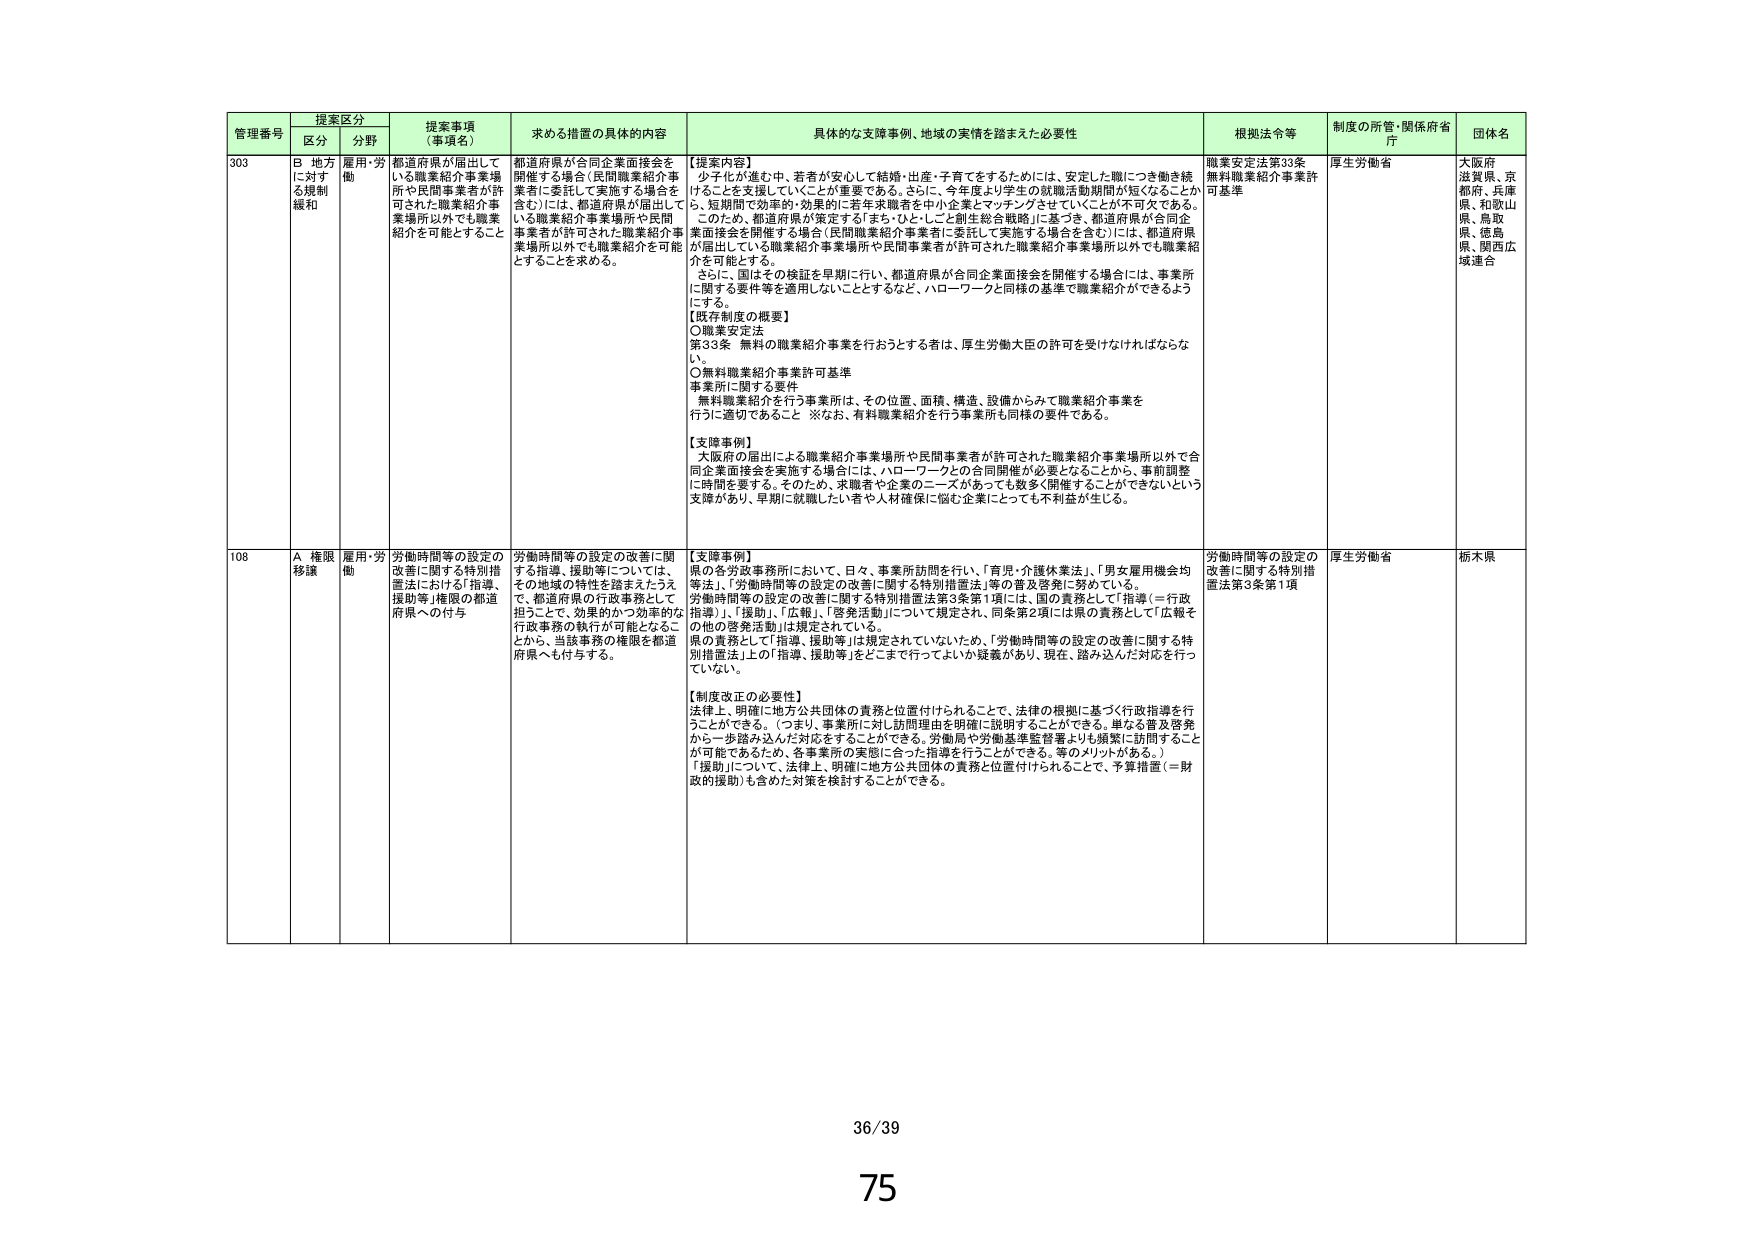
管理番号 提案区分 提案事項（事項名） 求める措置の具体的内容 具体的な支援事例、地域の実情を踏まえた必要性 根拠法令等 制度の所管・関係府省庁 団体名
区分 分野
303 B 地方に対する規制緩和 雇用・労働 都道府県が届出している職業紹介事業場所や民間事業者が許可された職業紹介事業場所以外でも職業紹介を可能とすること 都道府県が合同企業面接会を開催する場合（民間職業紹介事業者に委託して実施する場合を含む）には、都道府県が届出している職業紹介事業場所や民間事業者が許可された職業紹介事業場所以外でも職業紹介を可能とすることを求める。 【提案内容】 少子化が進む中、若者が安心して結婚・出産・子育てをするためには、安定した職につき働き続けることを支援していくことが重要である。さらに、今年度より学生の就職活動期間が短くなることから、短期間で効率的・効果的に若年求職者を中小企業にマッチングさせていくことが不可欠である。 このため、都道府県が策定する「まち・ひと・しごと創生総合戦略」に基づき、都道府県が合同企業面接会を開催する場合（民間職業紹介事業者に委託して実施する場合を含む）には、都道府県が届出している職業紹介事業場所や民間事業者が許可された職業紹介事業場所以外でも職業紹介を可能とする。 さらに、国はその検証を早期に行い、都道府県が合同企業面接会を開催する場合には、事業所に関する要件等を適用しないこととするなど、ハローワークと同様の基準で職業紹介ができるようにする。 【既存制度の概要】 ○職業安定法 第33条 無料の職業紹介事業を行おうとする者は、厚生労働大臣の許可を受けなければならぬ。 ○無料職業紹介事業許可基準 事業所に関する要件 無料職業紹介を行う事業所は、その位置、面積、構造、設備からみて職業紹介事業を行うに適切であること ※なお、有料職業紹介を行う事業所も同様の要件である。 【支援事例】 大阪府の届出による職業紹介事業場所や民間事業者が許可された職業紹介事業場所以外で合同企業面接会を実施する場合には、ハローワークとの合同開催が必要となることから、事前調整に時間を要する。そのため、求職者や企業のニーズがあっても数多く開催することができないという支障があり、早期に就職したい者や人材確保に悩む企業にとっても不利益が生じる。 職業安定法第33条 無料職業紹介事業許可基準 厚生労働省 大阪府 滋賀県、京都府、兵庫県、和歌山県、鳥取県、徳島県、関西広域連合
108 A 権限移譲 雇用・労働 労働時間等の設定の改善に関する特別措置法における「指導、援助等」権限の都道府県への付与 労働時間等の設定の改善に関する指導、援助等については、その地域の特性を踏まえたうえで、都道府県の行政事務として担うことで、効果的かつ効率的な行政事務の執行が可能となることから、当該事務の権限を都道府県へも付与する。 【支援事例】 県の各労政事務所において、日々、事業所訪問を行い、「育児・介護休業法」、「男女雇用機会均等法」、「労働時間等の設定の改善に関する特別措置法」等の普及啓発に努めている。 労働時間等の設定の改善に関する特別措置法第3条第1項には、国の責務として「指導（＝行政指導）」、「援助」、「広報」、「啓発活動」について規定され、同条第2項には県の責務として「広報その他の啓発活動」は規定されていない。 県の責務として「指導、援助等」は規定されていないため、「労働時間等の設定の改善に関する特別措置法」上の「指導、援助等」をどこまで行ってよいか疑義があり、現在、踏み込んだ対応を行っていない。 【制度改正の必要性】 法律上、明確に地方公共団体の責務と位置付けられることで、法律の根拠に基づく行政指導を行うことができる。（つまり、事業所に対し訪問理由を明確に説明することができる。単なる普及啓発から一歩踏み込んだ対応をすることができる。労働局や労働基準監督署よりも頻繁に訪問することが可能であるため、各事業所の実態に合った指導を行うことができる。等のメリットがある。） 「援助」についても、法律上、明確に地方公共団体の責務と位置付けられることで、予算措置（＝財政的援助）も含めた対策を検討することができる。 労働時間等の設定の改善に関する特別措置法第3条第1項 厚生労働省 栃木県
36/39
75